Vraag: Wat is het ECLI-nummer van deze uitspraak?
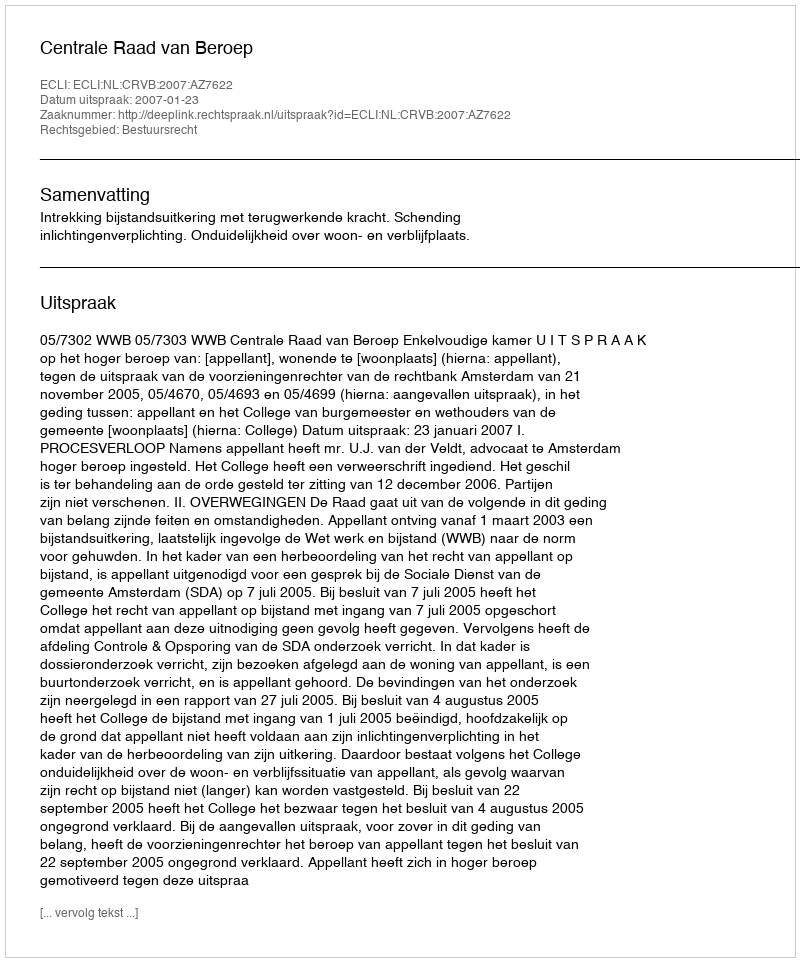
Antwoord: ECLI:NL:CRVB:2007:AZ7622